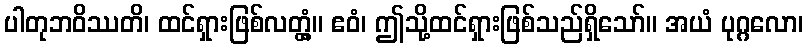
ပါတုဘဝိဿတိ၊ ထင်ရှားဖြစ်လတ္တံ့။ ဧဝံ၊ ဤသို့ထင်ရှားဖြစ်သည်ရှိသော်။ အယံ ပုဂ္ဂလော၊